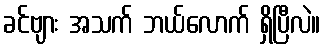
ခင်ဗျား အသက် ဘယ်လောက် ရှိပြီလဲ။